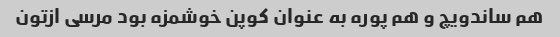
هم ساندویچ و هم پوره به عنوان کوپن خوشمزه بود مرسی ازتون